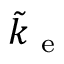
\tilde { k } _ { \mathrm { ~ e ~ } }